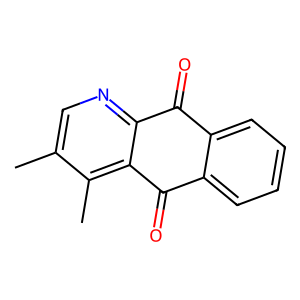
SMILES: Cc1cnc2c(c1C)C(=O)c1ccccc1C2=O
Inhibits HIV replication: No